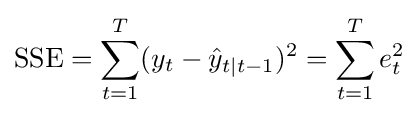
{\text{SSE}}=\sum _{t=1}^{T}(y_{t}-{\hat {y}}_{t\mid t-1})^{2}=\sum _{t=1}^{T}e_{t}^{2}